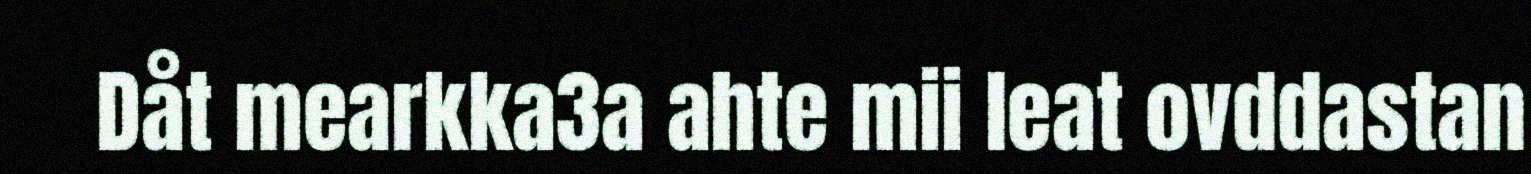
Dåt mearkka3a ahte mii leat ovddastan